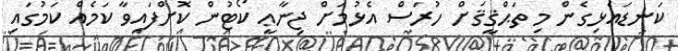
ކަނޑައެޅިގެން މި ތަޙްޤީޤަށް ހުރަސް އެޅުމަށް ޖިނާޢީ ކޯޓުން ކޮށްފައިވާ ކަމެއް ކަމުގައި